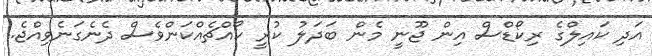
އަދި ކައިލްގެ ރިކޯޑްސް އިން ޖޫނީ މެން ބަދަލު ކުރީ ކޯއްޗެއްކަންވެސް ދެނެގަނެވިއްޖެ.